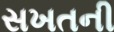
સખતની